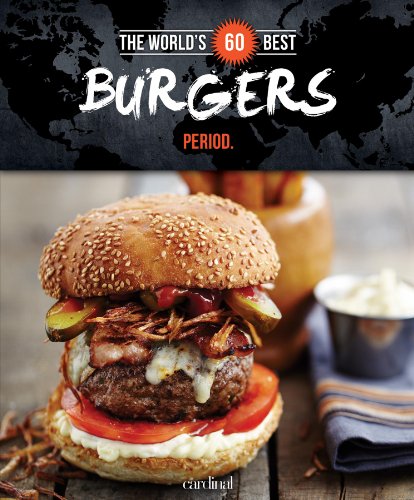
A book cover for The World's 60 Best Burgers... Period. (The World's 60 Best Collection); Veronique Paradis; Cookbooks, Food & Wine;